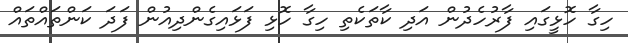
ހިގާ ހޮޅީގައި ފާރުހެދުން އަދި ކާތަކެތި ހިގާ ހޮޅި ފަޅައިގެންދިއުން ފަދަ ކަންތައްތައް